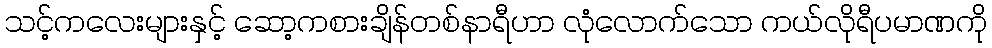
သင့်ကလေးများနှင့် ဆော့ကစားချိန်တစ်နာရီဟာ လုံလောက်သော ကယ်လိုရီပမာဏကို